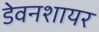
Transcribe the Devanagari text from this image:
डेवनशायर